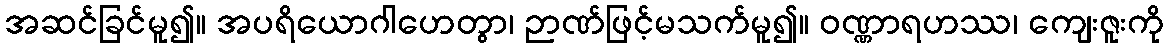
အဆင်ခြင်မူ၍။ အပရိယောဂါဟေတွာ၊ ဉာဏ်ဖြင့်မသက်မူ၍။ ဝဏ္ဏာရဟဿ၊ ကျေးဇူးကို